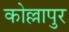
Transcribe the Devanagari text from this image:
कोल्लापुर